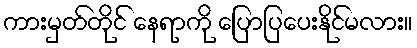
ကားမှတ်တိုင် နေရာကို ပြောပြပေးနိုင်မလား။